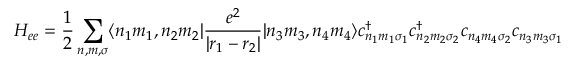
\displaystyle H _ { e e } = { \frac { 1 } { 2 } } \sum _ { n , m , \sigma } \langle n _ { 1 } m _ { 1 } , n _ { 2 } m _ { 2 } | { \frac { e ^ { 2 } } { | r _ { 1 } - r _ { 2 } | } } | n _ { 3 } m _ { 3 } , n _ { 4 } m _ { 4 } \rangle c _ { n _ { 1 } m _ { 1 } \sigma _ { 1 } } ^ { \dagger } c _ { n _ { 2 } m _ { 2 } \sigma _ { 2 } } ^ { \dagger } c _ { n _ { 4 } m _ { 4 } \sigma _ { 2 } } c _ { n _ { 3 } m _ { 3 } \sigma _ { 1 } }